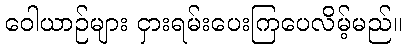
ဝေါယာဉ်များ ငှားရမ်းပေးကြပေလိမ့်မည်။